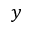
y